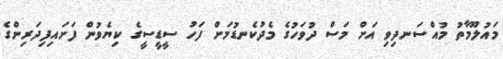
މައުލޫމާތު މުއްސަނދިވި އަށް މަސް ދުވަހުގެ މެދުކެނޑުމަށް ފަހު ސީޑީސީގެ ކިޔެވުން ފަށައިފިދަރިންގެ